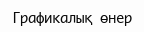
Графикалық өнер